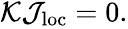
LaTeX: \begin{array}{r}{\mathcal{K}\mathcal{J}_{\mathrm{loc}}=0.}\end{array}